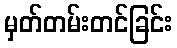
မှတ်တမ်းတင်ခြင်း